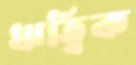
ঋত্বিক